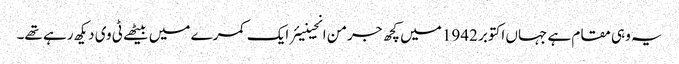
یہ وہی مقام ہے جہاں اکتوبر 1942 میں کچھ جرمن انجینیئر ایک کمرے میں بیٹھے ٹی وی دیکھ رہے تھے۔